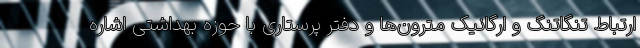
ارتباط تنگاتنگ و ارگانیک مترون‌ها و دفتر پرستاری با حوزه بهداشتی اشاره